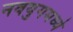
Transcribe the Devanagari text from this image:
नवयुगमध्ये